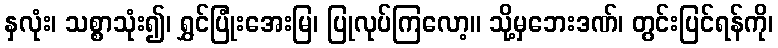
နှလုံး၊ သစ္စာသုံး၍၊ ရွှင်ပြုံးအေးမြ၊ ပြုလုပ်ကြလော့။ သို့မှဘေးဒဏ်၊ တွင်းပြင်ရန်ကို၊